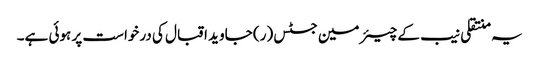
یہ منتقلی نیب کے چیئرمین جسٹس (ر) جاوید اقبال کی درخواست پر ہوئی ہے۔